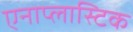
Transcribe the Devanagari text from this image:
एनाप्लास्टिक